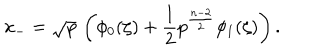
LaTeX: x _ { - } = \sqrt { p } \, \left( \phi _ { 0 } ( \zeta ) + \frac { 1 } { 2 } p ^ { \frac { n - 2 } { 2 } } \phi _ { 1 } ( \zeta ) \right) .